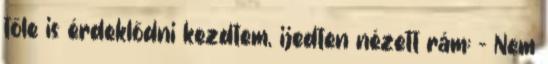
tőle is érdeklődni kezdtem, ijedten nézett rám: - Nem